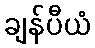
ချန်ပီယံ